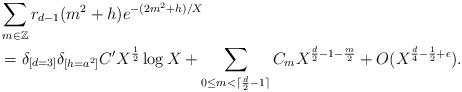
LaTeX: \begin{align*} &\sum_{m \in \mathbb{Z}} r_{d-1}(m^2 + h) e^{-(2m^2 + h)/X} \\ &= \delta_{[d=3]} \delta_{[h = a^2]} C' X^{\frac{1}{2}} \log X + \sum_{0 \leq m < \lceil \frac{d}{2} - 1 \rceil} C_{m} X^{\frac{d}{2} - 1 -\frac{m}{2}} + O(X^{\frac{d}{4} - \frac{1}{2} + \epsilon}). \end{align*}